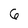
Character: 6